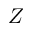
Z